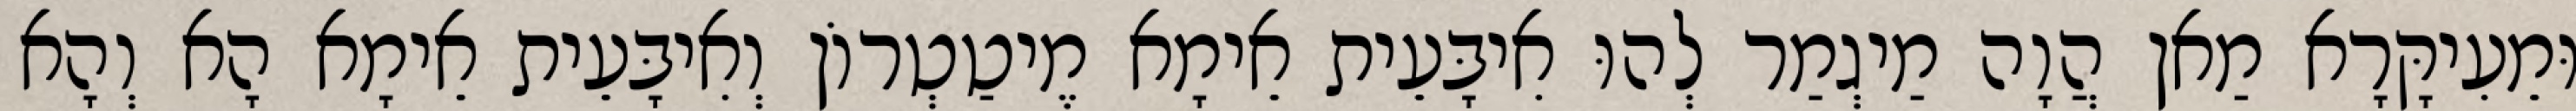
וּמֵעִיקָּרָא מַאן הֲוָה מַיגְמַר לְהוּ אִיבָּעֵית אֵימָא מֶיטַטְרוֹן וְאִיבָּעֵית אֵימָא הָא וְהָא